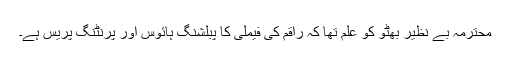
محترمہ بے نظیر بھٹو کو علم تھا کہ راقم کی فیملی کا پبلشنگ ہائوس اور پرنٹنگ پریس ہے۔